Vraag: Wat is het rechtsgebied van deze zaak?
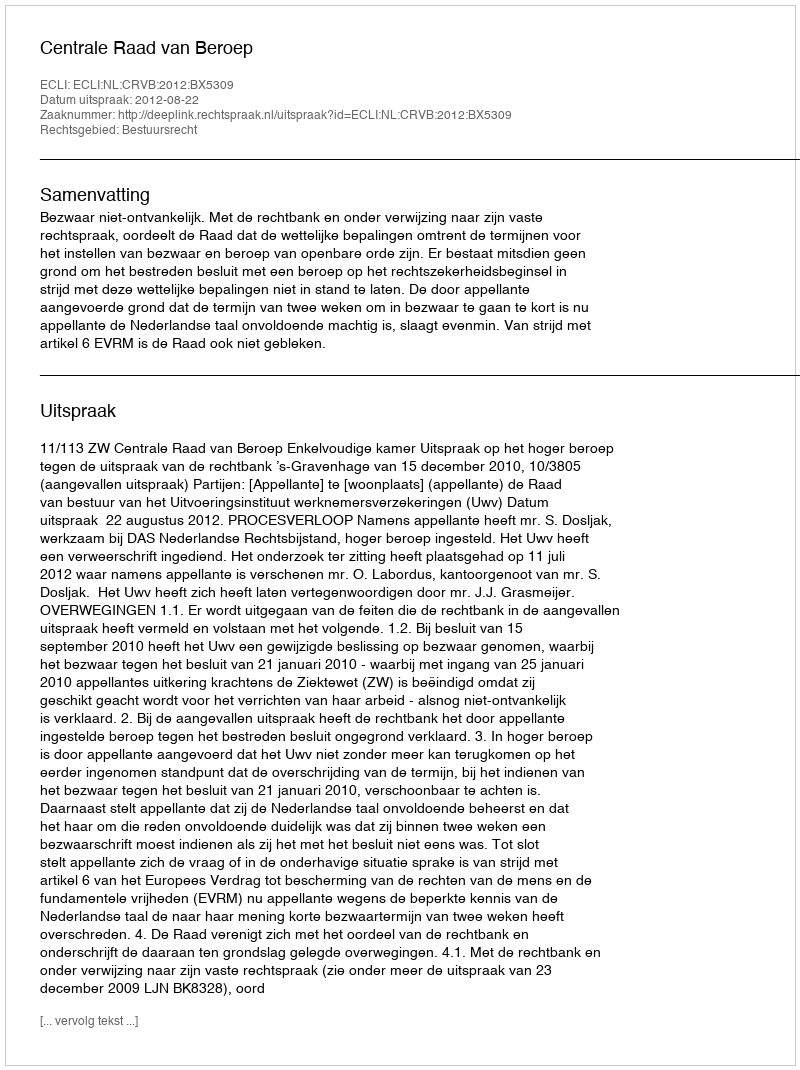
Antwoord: Bestuursrecht